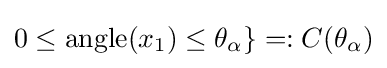
0\leq \operatorname {angle} (x_{1})\leq \theta _{\alpha }\}=:C(\theta _{\alpha })